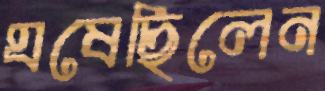
ঘষেছিলেন